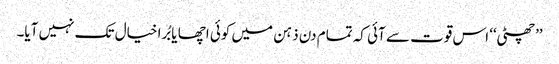
’’چھٹی‘‘ اس قوت سے آئی کہ تمام دن ذہن میں کوئی اچھا یا بُرا خیال تک نہیں آیا۔